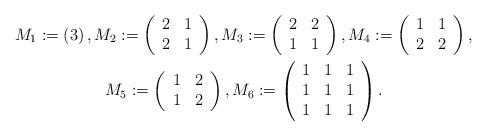
LaTeX: \begin{gather*}M_1:=\left(3\right),M_2:=\left(\begin{array}{cc}2&1\\2&1\end{array}\right),M_3:=\left(\begin{array}{cc}2&2\\1&1\end{array}\right),M_4:=\left(\begin{array}{cc}1&1\\2&2\end{array}\right),\\M_5:=\left(\begin{array}{cc}1&2\\1&2\end{array}\right),M_6:=\left(\begin{array}{ccc}1&1&1\\1&1&1\\1&1&1\end{array}\right).\end{gather*}